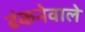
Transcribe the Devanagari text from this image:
ढंकनेवाले